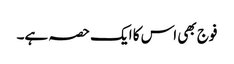
فوج بھی اس کا ایک حصہ ہے۔